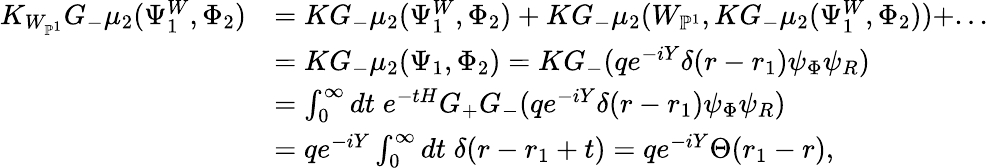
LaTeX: \begin{array}{rl}{K_{W_{\mathbb{P}^{1}}}G_{-}\mu_{2}(\Psi_{1}^{W},\Phi_{2})}&{=KG_{-}\mu_{2}(\Psi_{1}^{W},\Phi_{2})+KG_{-}\mu_{2}(W_{\mathbb{P}^{1}},KG_{-}\mu_{2}(\Psi_{1}^{W},\Phi_{2}))+...}\\ &{=KG_{-}\mu_{2}(\Psi_{1},\Phi_{2})=KG_{-}(qe^{-iY}\delta(r-r_{1})\psi_{\Phi}\psi_{R})}\\ &{=\int_{0}^{\infty}dt\; e^{-tH}G_{+}G_{-}(qe^{-iY}\delta(r-r_{1})\psi_{\Phi}\psi_{R})}\\ &{=qe^{-iY}\int_{0}^{\infty}dt\; \delta(r-r_{1}+t)=qe^{-iY}\Theta(r_{1}-r),}\end{array}